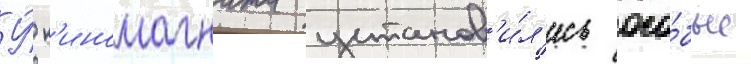
У́ к'иномагната установ'и́л'ись осо́бые